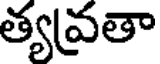
త్యవ్రతా